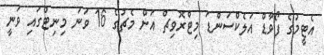
އެޓީމުގެ ފޯވާޑް އަލެކްސަންޑަ މިޓްރޮވިޗް އަށް މެޗުގެ 16 ވަނަ މިނިޓްގައި ވަނީ